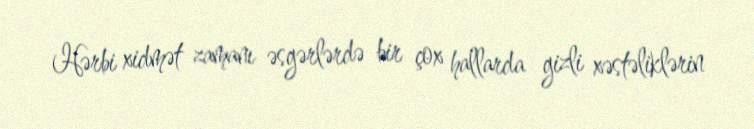
Hərbi xidmət zamanı əsgərlərdə bir çox hallarda gizli xəstəliklərin